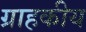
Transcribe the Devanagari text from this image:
ग्राहकीय